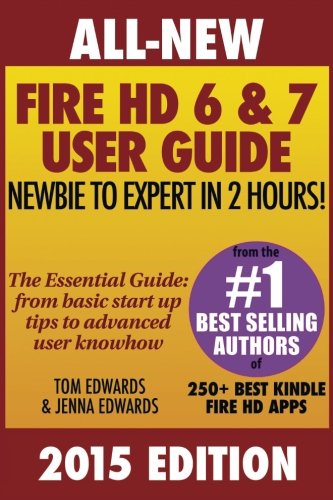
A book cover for All New Fire HD 6 & 7 User Guide - Newbie to Expert in 2 Hours!; Tom Edwards; Computers & Technology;